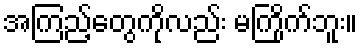
အကြည့်တွေကိုလည်း မကြိုက်ဘူး။